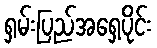
ရှမ်းပြည်အရှေ့ပိုင်း